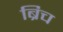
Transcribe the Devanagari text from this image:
ब्रिच